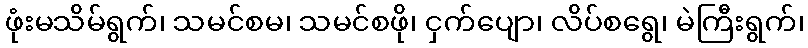
ဖုံးမသိမ်ရွက်၊ သမင်စမ၊ သမင်စဖို၊ ငှက်ပျော၊ လိပ်စရွေ၊ မဲကြီးရွက်၊